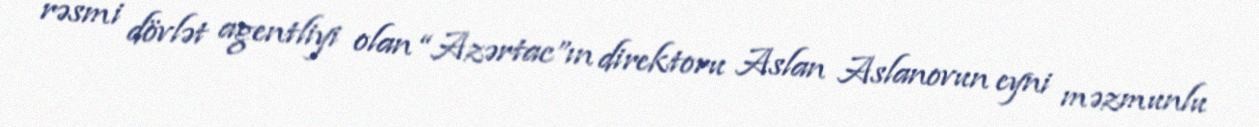
rəsmi dövlət agentliyi olan “Azərtac”ın direktoru Aslan Aslanovun eyni məzmunlu